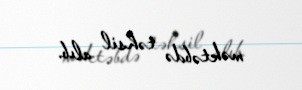
məktəbdə təhsil alıb.